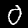
Digit: 0